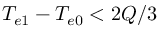
{ T _ { e 1 } - T _ { e 0 } < 2 Q / 3 }